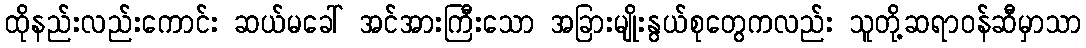
ထိုနည်းလည်းကောင်း ဆယ်မခေါ် အင်အားကြီးသော အခြားမျိုးနွယ်စုတွေကလည်း သူတို့ဆရာဝန်ဆီမှာသာ